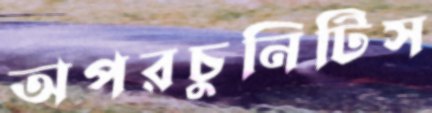
অপরচুনিটিস